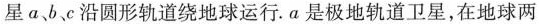
星a、bc沿圆形轨道绕地球运行。a是极地轨道卫星，在地球两